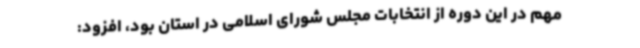
مهم در این دوره از انتخابات مجلس شورای اسلامی در استان بود، افزود: